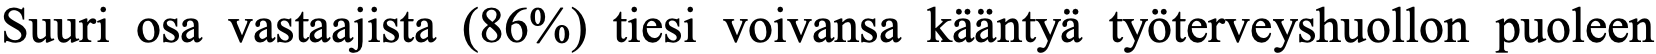
Suuri osa vastaajista (86%) tiesi voivansa kääntyä työterveyshuollon puoleen